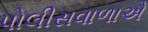
પોલીસવાળાએ